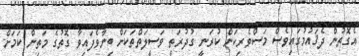
އެގޮތުން ދެޤައުމުގައިވެސް މަސްވެރިކަން ކުރަނީ ގުދުރަތީ ވަސީލަތްތަކަށް ބިނާވެފައިވާ ގޮތުގެ މަތިން ކަމަށް